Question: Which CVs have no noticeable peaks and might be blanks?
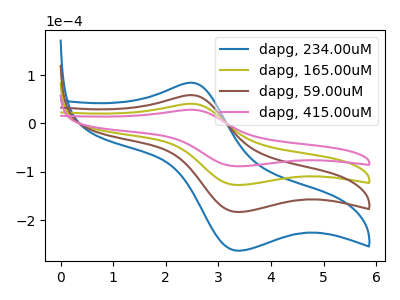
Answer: <think>The blue curve "dapg, 234.00uM" has an anodic peak at (2.50V, 122.15uA) and a cathodic peak at (3.40V, -381.85uA). The olive curve "dapg, 165.00uM" has an anodic peak at (2.50V, 40.70uA) and a cathodic peak at (3.40V, -127.30uA). The brown curve "dapg, 59.00uM" has an anodic peak at (2.50V, 81.45uA) and a cathodic peak at (3.40V, -254.55uA). The pink curve "dapg, 415.00uM" has an anodic peak at (2.50V, 28.35uA) and a cathodic peak at (3.40V, -88.55uA).</think>
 <answer>There are not any CV's on this graph that are likely to be blanks.</answer>
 <eval>none</eval>